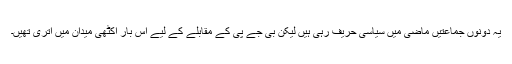
یہ دونوں جماعتیں ماضی میں سیاسی حریف رہی ہیں لیکن بی جے پی کے مقابلے کے لیے اس بار اکٹھی میدان میں اتری تھیں۔